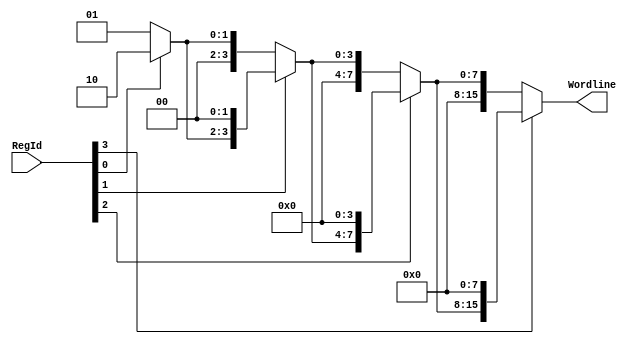
module ReadDecoder_4_16(input[3:0] RegId, output [15:0] Wordline);

wire [15:0] wordline_in0, wordline_in1, wordline_in2;

//shift the 1 if needed
assign wordline_in = 16'h0001;
assign wordline_in0 = RegId[0] ? (wordline_in << 1) : wordline_in;
assign wordline_in1 = RegId[1] ? (wordline_in0 << 2) : wordline_in0;
assign wordline_in2 = RegId[2] ? (wordline_in1 << 4) : wordline_in1;
assign Wordline = RegId[3] ? (wordline_in2 << 8) : wordline_in2;

endmodule